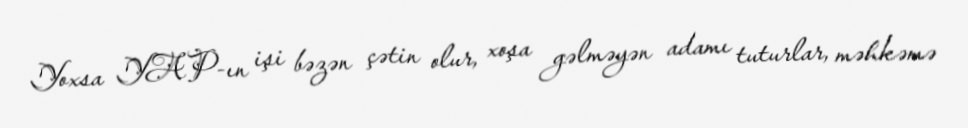
Yoxsa YAP-ın işi bəzən çətin olur, xoşa gəlməyən adamı tuturlar, məhkəmə